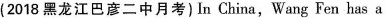
(2018 黑龙江巴彦二中月考) In China,Wang Fen has a